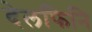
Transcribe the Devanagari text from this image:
देलफिनि